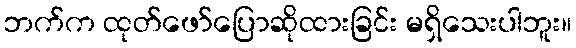
ဘက်က ထုတ်ဖော်ပြောဆိုထားခြင်း မရှိသေးပါဘူး။